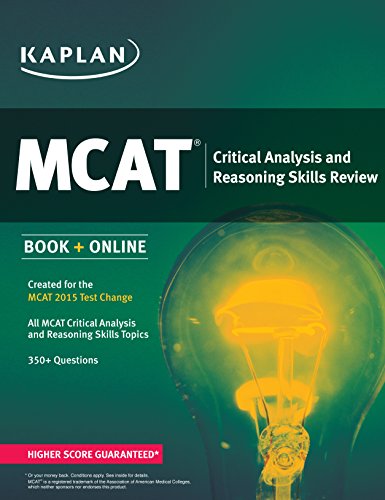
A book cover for Kaplan MCAT Critical Analysis and Reasoning Skills Review: Created for MCAT 2015 (Kaplan Test Prep); Kaplan; Test Preparation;